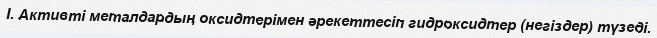
I. Активті металдардың оксидтерімен әрекеттесіп гидроксидтер (негіздер) түзеді.